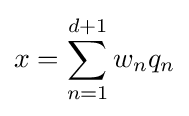
x=\sum _{n=1}^{d+1}w_{n}q_{n}